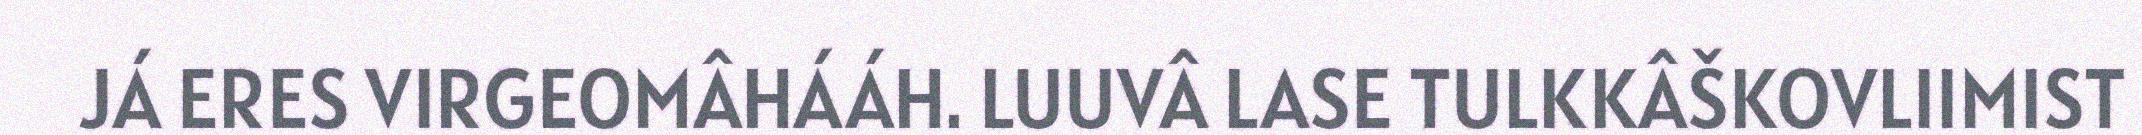
JÁ ERES VIRGEOMÂHÁÁH. LUUVÂ LASE TULKKÂŠKOVLIIMIST